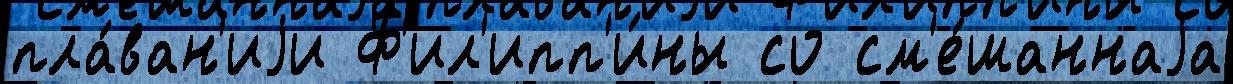
пла́ван'иjи Ф'ил'ипп'и́ны со см'е́шаннаjа